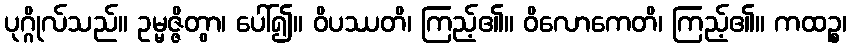
ပုဂ္ဂိုလ်သည်။ ဥမ္မဇ္ဇိတွာ၊ ပေါ်၍။ ဝိပဿတိ၊ ကြည့်၏။ ဝိလောကေတိ၊ ကြည့်၏။ ကထဉ္စ၊